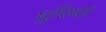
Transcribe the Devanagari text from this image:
धुरियां